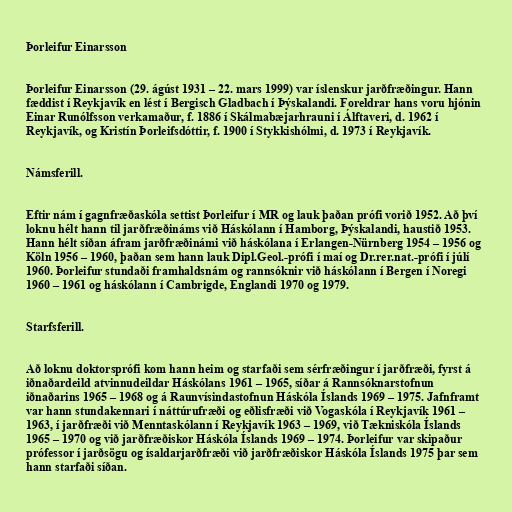
Þorleifur Einarsson

Þorleifur Einarsson (29. ágúst 1931 – 22. mars 1999) var íslenskur jarðfræðingur. Hann
fæddist í Reykjavík en lést í Bergisch Gladbach í Þýskalandi. Foreldrar hans voru hjónin
Einar Runólfsson verkamaður, f. 1886 í Skálmabæjarhrauni í Álftaveri, d. 1962 í
Reykjavík, og Kristín Þorleifsdóttir, f. 1900 í Stykkishólmi, d. 1973 í Reykjavík.

Námsferill.

Eftir nám í gagnfræðaskóla settist Þorleifur í MR og lauk þaðan prófi vorið 1952. Að því
loknu hélt hann til jarðfræðináms við Háskólann í Hamborg, Þýskalandi, haustið 1953.
Hann hélt síðan áfram jarðfræðinámi við háskólana í Erlangen-Nürnberg 1954 – 1956 og
Köln 1956 – ­1960, þaðan sem hann lauk Dipl.Geol.-prófi í maí og Dr.rer.nat.-prófi í júlí
1960. Þorleifur stundaði framhaldsnám og rannsóknir við háskólann í Bergen í Noregi
1960 – 1961 og háskólann í Cambrigde, Englandi 1970 og 1979.

Starfsferill.

Að loknu doktorsprófi kom hann heim og starfaði sem sérfræðingur í jarðfræði, fyrst á
iðnaðardeild atvinnudeildar Háskólans 1961 – 1965, síðar á Rannsóknarstofnun
iðnaðarins 1965 – 19­68 og á Raunvísindastofnun Háskóla Íslands 1969 – 1975. Jafnframt
var hann stundakennari í náttúrufræði og eðlisfræði við Vogaskóla í Reykjavík 1961 –
19­63, í jarðfræði við Menntaskólann í Reykjavík 1963 – 19­69, við Tækniskóla Íslands
1965 – 1970 og við jarðfræðiskor Háskóla Íslands 1969­ – 1974. Þorleifur var skipaður
prófessor í jarðsögu og ísaldarjarðfræði við jarðfræðiskor Háskóla Íslands 1975 þar sem
hann starfaði síðan.